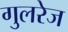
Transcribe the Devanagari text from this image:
गुलरेज